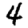
Digit: 4